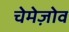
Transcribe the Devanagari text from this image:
चेमेज़ोव